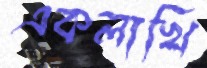
একলাখি